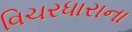
વિચરધારાના